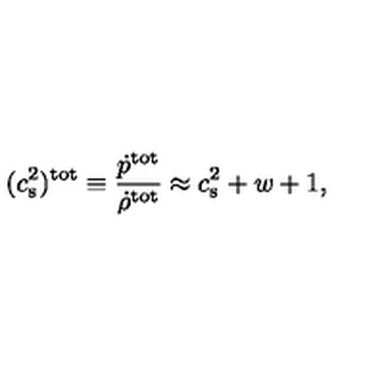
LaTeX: ( c _ { \mathrm { s } } ^ { 2 } ) ^ { \mathrm { t o t } } \equiv { \frac { \dot { p } ^ { \mathrm { t o t } } } { \dot { \rho } ^ { \mathrm { t o t } } } } \approx c _ { \mathrm { s } } ^ { 2 } + w + 1 ,